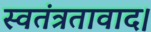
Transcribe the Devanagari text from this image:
स्वतंत्रतावाद।